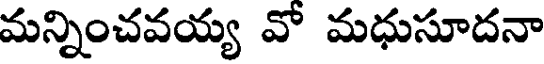
మన్నించవయ్య వో మధుసూదనా